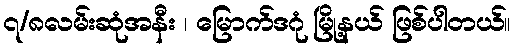
၇/၈လမ်းဆုံအနီး ၊ မြောက်ဒဂုံ မြို့နယ် ဖြစ်ပါတယ်။